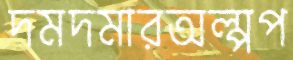
দমদমারঅল্পপ